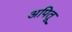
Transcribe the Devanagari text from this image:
अपितू